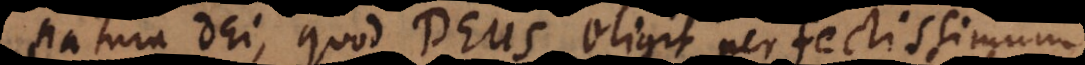
natura Dei, quod Deus eligit perfectissimum.